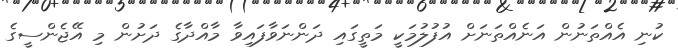
ކުނި އެއްތަނުން އަނެއްތަނަށް އުފުލުމަކީ މަތީގައި ދަންނަވާފައިވާ މާއްދާގެ ދަށުން މި އޭޖެންސީގެ